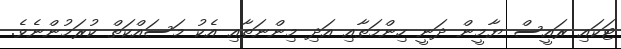
ޓަކައި ރައީސް ޔާމީން ދަނީ ހިންމަތާއި އަދި މިންނަތާއި އެކު މަސައްކަތް ކުރަމުންނެވެ.